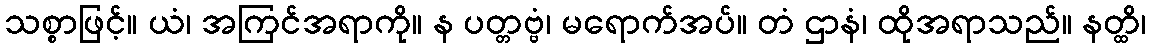
သစ္စာဖြင့်။ ယံ၊ အကြင်အရာကို။ န ပတ္တဗ္ဗံ၊ မရောက်အပ်။ တံ ဌာနံ၊ ထိုအရာသည်။ နတ္ထိ၊